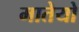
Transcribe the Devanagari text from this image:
मातेयो